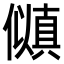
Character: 𫣵